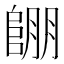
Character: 𲉔